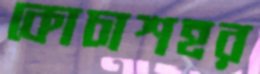
কোচাশহর